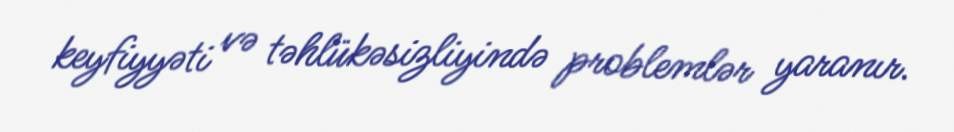
keyfiyyəti və təhlükəsizliyində problemlər yaranır.